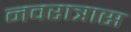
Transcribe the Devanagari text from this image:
नवरात्रास